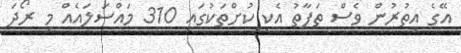
އޭގެ އިތުރުން ވެސް ތަފާތު އެކި ކުށްތަކުގައި 310 މައްސަލައެއް މި ރޯދަ